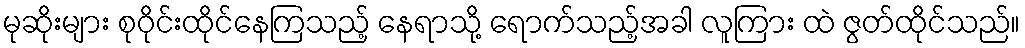
မုဆိုးများ စုဝိုင်းထိုင်နေကြသည့် နေရာသို့ ရောက်သည့်အခါ လူကြား ထဲ ဇွတ်ထိုင်သည်။